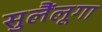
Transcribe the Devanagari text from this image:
सुलैंलूगा